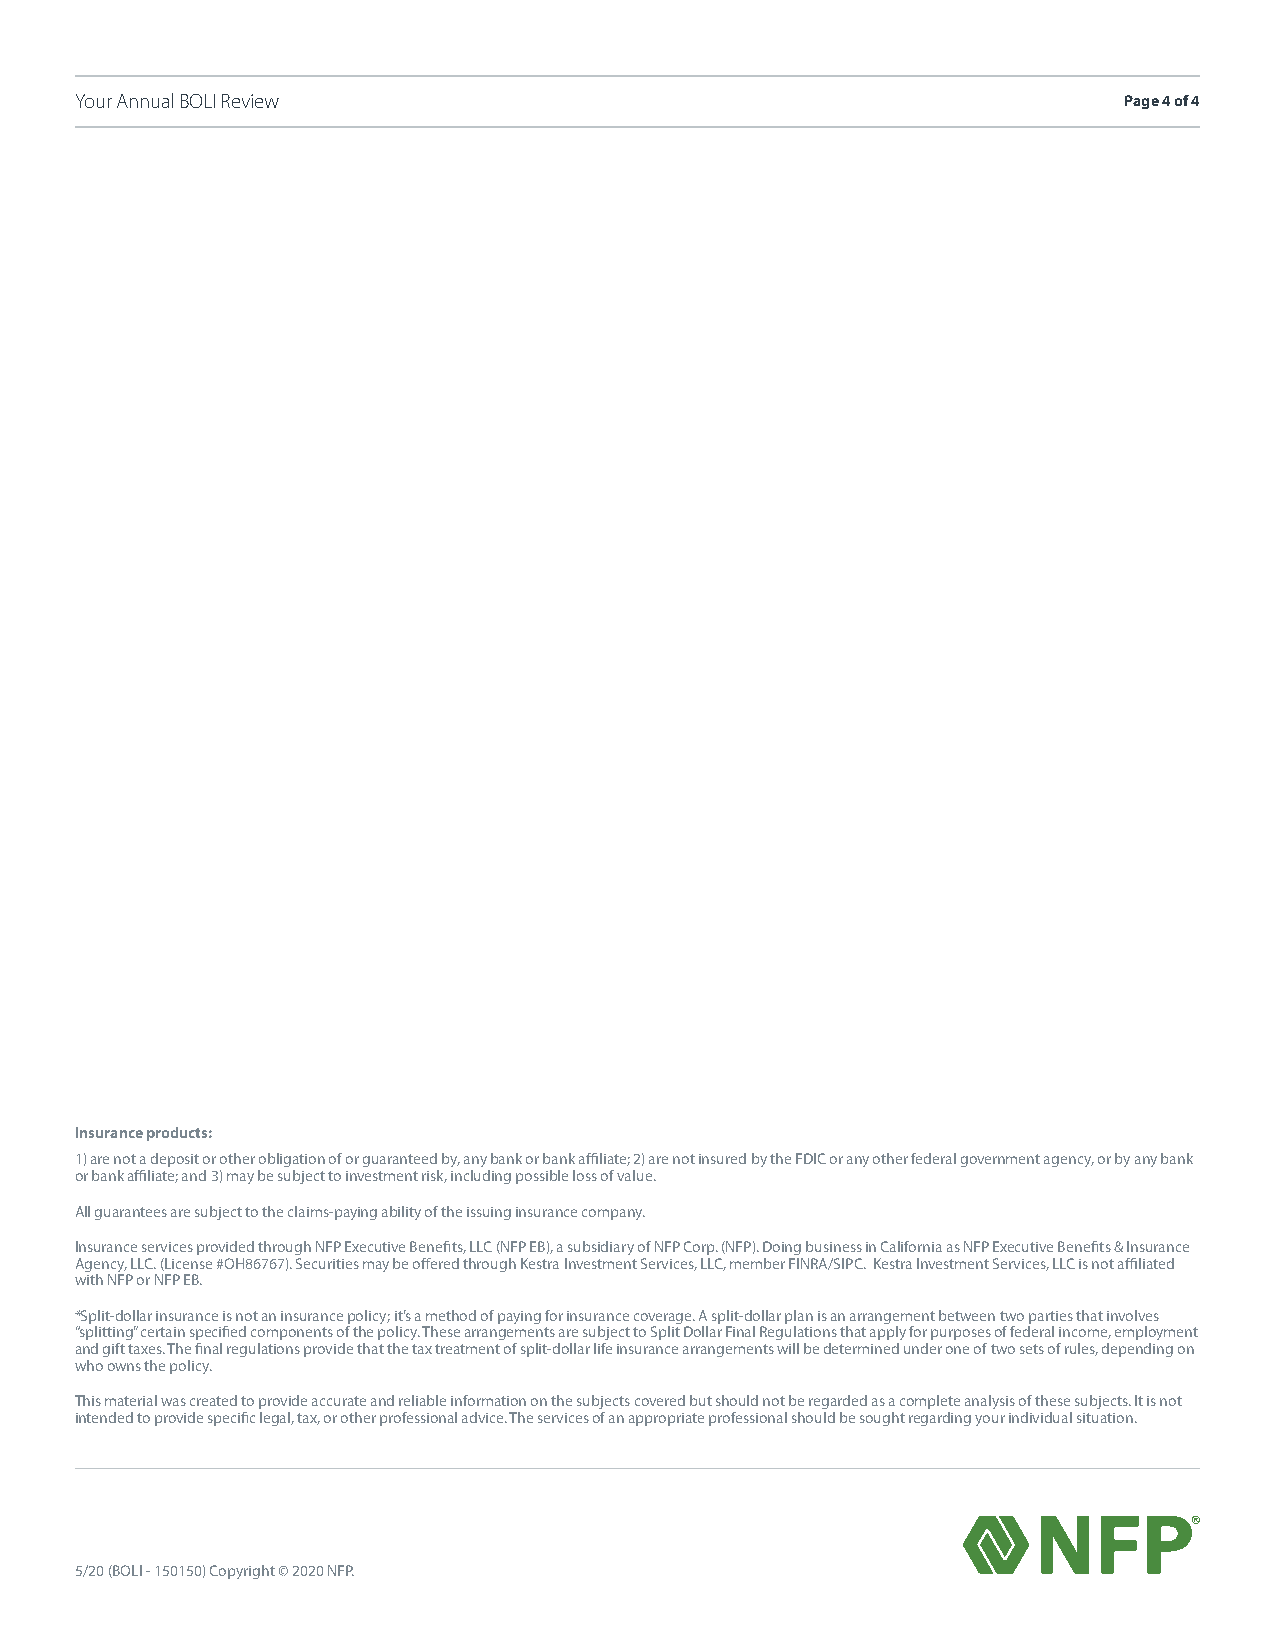
Your Annual BOLI Review                                              Page 4 of 4
 Insurance products:
 1) are not a deposit or other obligation of or guaranteed by, any bank or bank affiliate; 2) are not insured by the FDIC or any other federal government agency, or by any bank
 or bank affiliate; and 3) may be subject to investment risk, including possible loss of value.
 All guarantees are subject to the claims-paying ability of the issuing insurance company.
 Insurance services provided through NFP Executive Benefits, LLC (NFP EB), a subsidiary of NFP Corp. (NFP). Doing business in California as NFP Executive Benefits & Insurance
 Agency, LLC. (License #OH86767). Securities may be offered through Kestra Investment Services, LLC, member FINRA/SIPC. Kestra Investment Services, LLC is not affiliated
 with NFP or NFP EB.
 *Split-dollar insurance is not an insurance policy; it’s a method of paying for insurance coverage. A split-dollar plan is an arrangement between two parties that involves
 “splitting” certain specified components of the policy. These arrangements are subject to Split Dollar Final Regulations that apply for purposes of federal income, employment
 and gift taxes. The final regulations provide that the tax treatment of split-dollar life insurance arrangements will be determined under one of two sets of rules, depending on
 who owns the policy.
 This material was created to provide accurate and reliable information on the subjects covered but should not be regarded as a complete analysis of these subjects. It is not
 intended to provide specific legal, tax, or other professional advice. The services of an appropriate professional should be sought regarding your individual situation.
 5/20 (BOLI - 150150) Copyright © 2020 NFP.